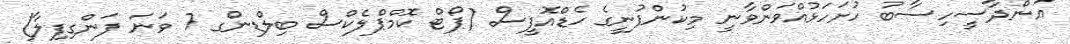
އަންދާސީހިސާބު ހުށަހަޅުއްވަންވާނީ މިކުންފުނީގެ ހެޑްއޮފީސް (ޕޯޓް ކޮމްޕްލެކްސް ބިލްޑިންގ 7 ވަނަ ފަންގިފިލާ)